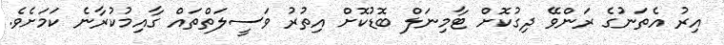
އިރު އެތަނުގެ ރަންވޭ ދިގުކޮށް ޓާމިނަލް ބޮޑުކޮށް އިތުރު ވަސީލަތްތައް ގާއިމުކުރާނެ ކަމަށެވެ.